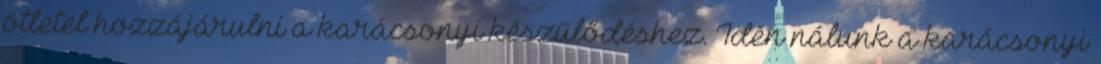
ötletel hozzájárulni a karácsonyi készülődéshez. Idén nálunk a karácsonyi